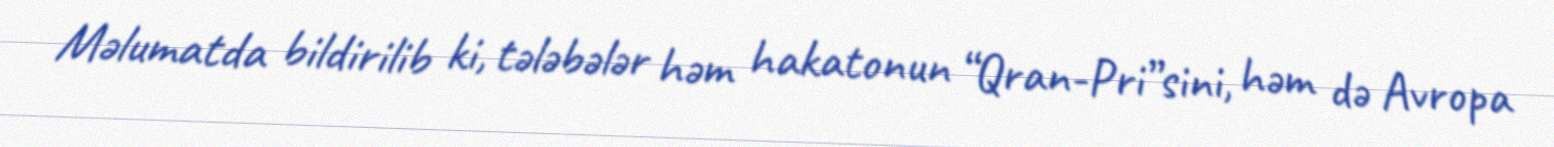
Məlumatda bildirilib ki, tələbələr həm hakatonun “Qran-Pri”sini, həm də Avropa